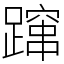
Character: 蹿